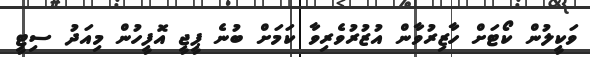
ވަކީލުން ކޯޓަށް ހާޒިރުވާން އުޒުރުވެރިވާ ކަމަށް ބުނެ ޕީޖީ އޮފީހުން މިއަދު ސިޓީ